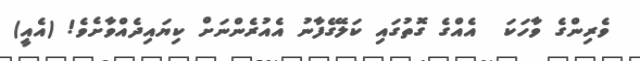
ވެރިންގެ ވާހަކަ  އެއްގެ ގޮތުގައި ކަލޭގެފާނު އެއުރެންނަށް ކިޔައިދެއްވާށެވެ! (އެއީ)